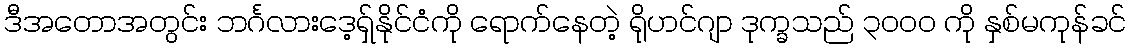
ဒီအတောအတွင်း ဘင်္ဂလားဒေ့ရှ်နိုင်ငံကို ရောက်နေတဲ့ ရိုဟင်ဂျာ ဒုက္ခသည် ၃၀၀၀ ကို နှစ်မကုန်ခင်